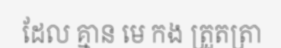
ដែល គ្មាន មេ កង ត្រួតត្រា